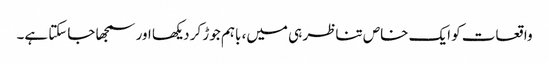
واقعات کو ایک خاص تناظر ہی میں، باہم جوڑ کر دیکھا اور سمجھا جاسکتا ہے۔